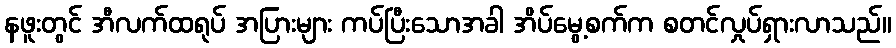
နဖူးတွင် အီလက်ထရုပ် အပြားများ ကပ်ပြီးသောအခါ အိပ်မွေ့စက်က စတင်လှုပ်ရှားလာသည်။